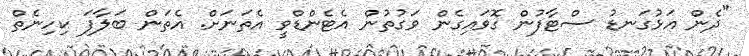
"ދެން އަޅުގަނޑު ސްޓާފުން ގޮވައިގެން ވަގުތުން އެޓެންޑްވީ އެތަނަށް. އެތަން ބަލާފަ ކިހިނެތް